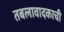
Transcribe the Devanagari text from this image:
तबलावादकाची